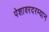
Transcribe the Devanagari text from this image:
पेशावरदरम्यान